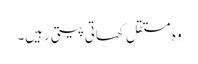
وہ مستقل کھاتی پیتی رہیں۔